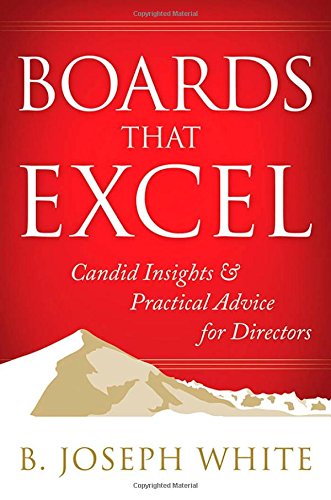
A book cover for Boards That Excel: Candid Insights and Practical Advice for Directors; B. Joseph White; Business & Money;